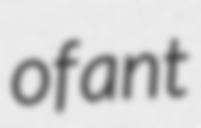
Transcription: of ant